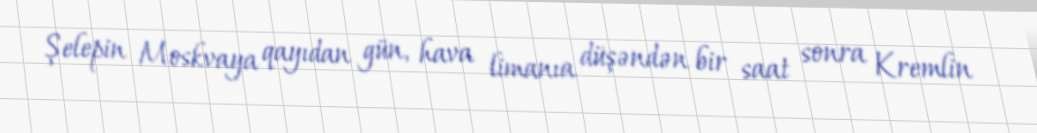
Şelepin Moskvaya qayıdan gün, hava limanıa düşəndən bir saat sonra Kremlin